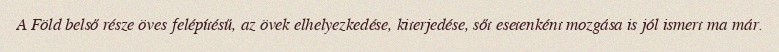
A Föld belső része öves felépítésű, az övek elhelyezkedése, kiterjedése, sőt esetenként mozgása is jól ismert ma már.